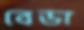
বেডা